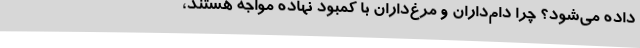
داده می‌شود؟ چرا دام‌داران و مرغ‌داران با کمبود نهاده مواجه هستند،